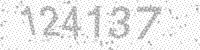
Solution: 124137